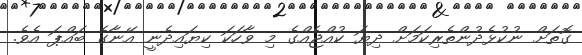
ގޮތަށް ނުކުޅެދުންތެރިކަމަށް ދިޔަ ކުއްޖެއްގެ މި ވާހަކަ ކިޔައިދެނީ އޭނާގެ ބައްޕަ އެވެ.